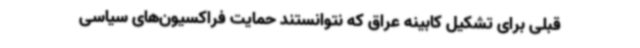
قبلی برای تشکیل کابینه عراق که نتوانستند حمایت فراکسیون‌های سیاسی